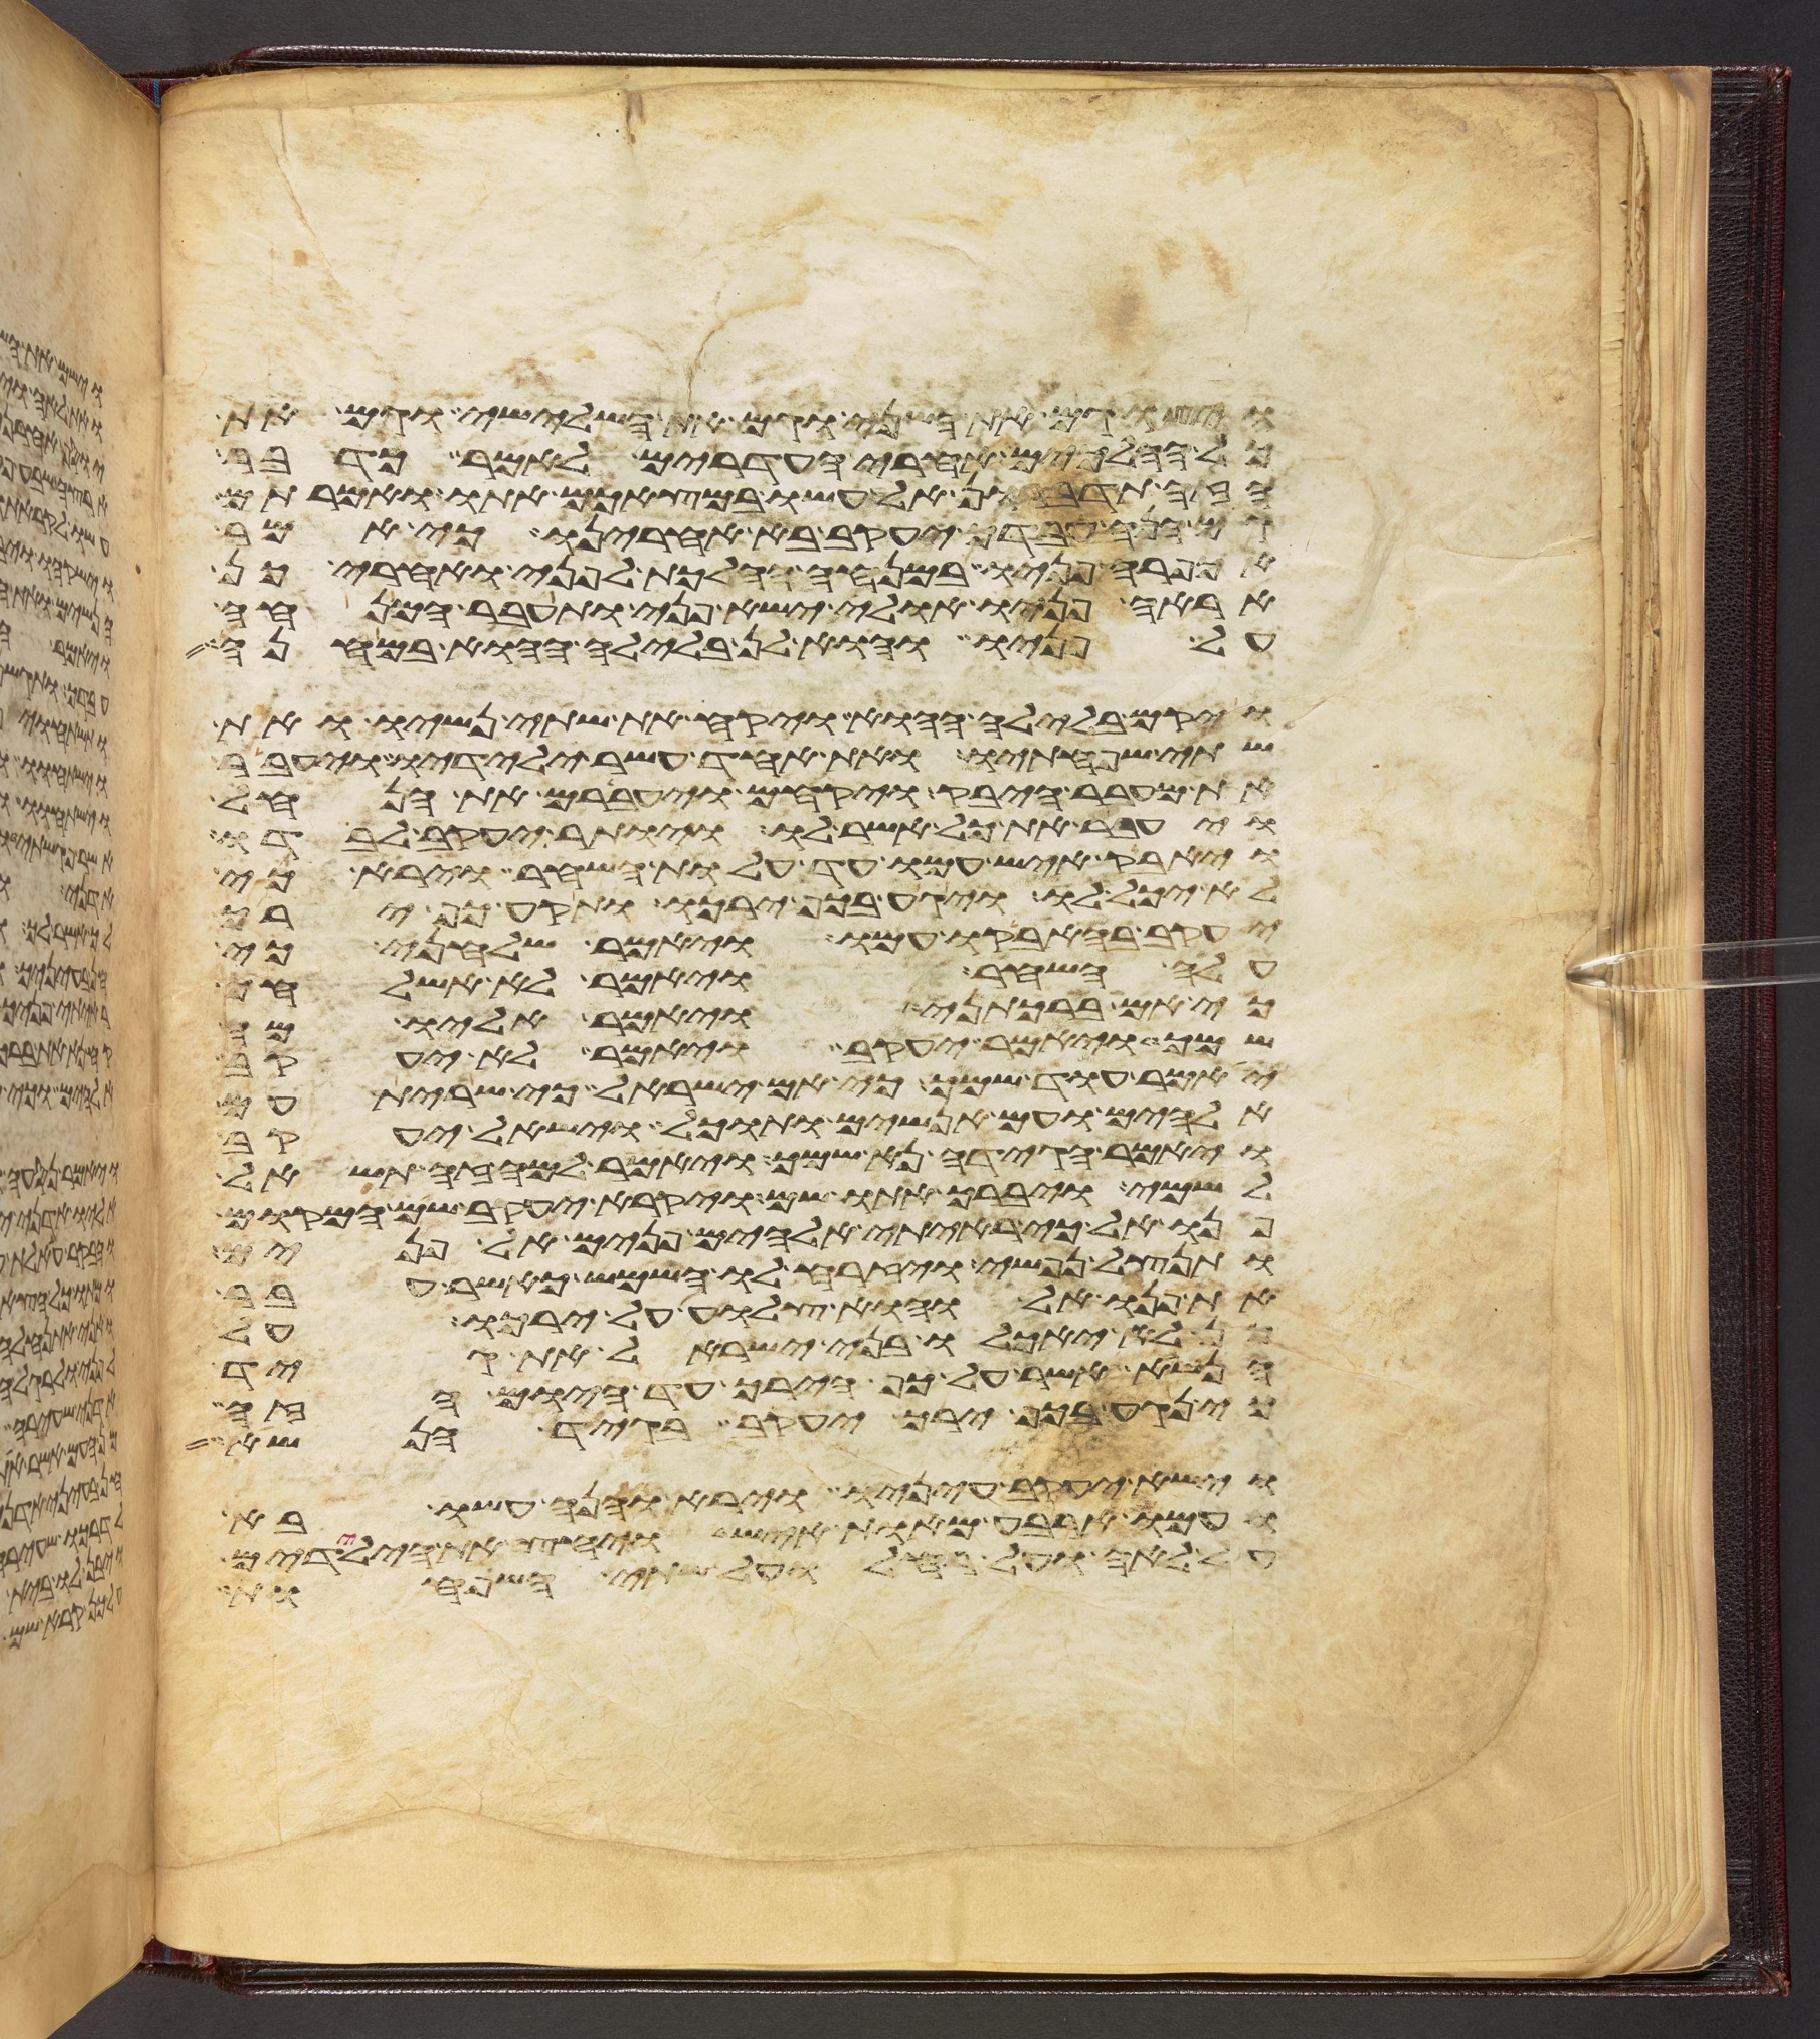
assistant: ויצו גם את השני וגם את השלישי וגם את
כל ההלכים אחרי העדרים לאמר כדבר
הזה תדברון אל עשו במצאכם אתו ואמרתם
גם הנה עבדך יעקב בא אחרינו כי אמר
אכפרה פניו במנחה ההלכת לפני ואחרי כן
אראה פניו אולי ישא פני ותעבר המנחה
על פניו והוא לן בלילה ההוא במחנה
ויקם בלילה ההוא ויקח את שתי נשיו ואת
שתי שפחתיו ואת אחד עשר ילידיו ויעבר
את מעבר היבק ויקחם ויעברם את הנחל
ויעבר את כל אשר לו ויותר יעקב לבדו
ויאבק איש עמו עד עלות השחר וירא כי
לא יכל לו ויגע בכף ירכו ותקע כף ירך
יעקב בהאבקו עמו ויאמר שלחני כי
עלה השחר ויאמר לא אשלחך
כי אם ברכתני ויאמר אליו מה
שמך ויאמר יעקב ויאמר לא יעקב
יאמר עוד שמך כי אם ישראל כי שרית עם
אלהים ועם אנשים ותוכל וישאל יעקב
ויאמר הגידה נא שמך ויאמר למה זה תשאל
לשמי ויברך אתו שם ויקרא יעקב שם המקום
פנואל כי ראיתי אלהים פנים אל פנים
ותנצל נפשי ויזרח לו השמש כאשר עבר
את פנואל והוא צלוע על ירכו על
כן לא יאכלו בני ישראל את גיד
הנשא אשר על כף הירך עד היום הזה
כי נגע בכף ירך יעקב בגיד הנשא
וישא יעקב עיניו וירא והנה עשו בא
ועמו ארבע מאות איש ויחץ את הילדים
על לאה ועל רחל ועל שתי השפחות